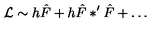
{ \mathcal L } \sim h \hat { F } + h \hat { F } \ast ^ { \prime } \hat { F } + \dots